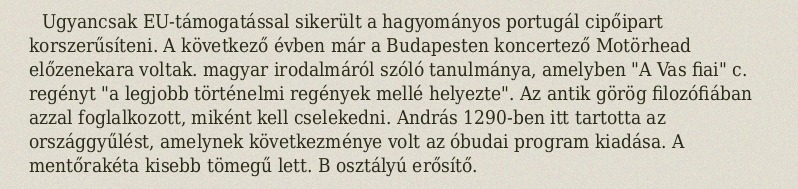
Ugyancsak EU-támogatással sikerült a hagyományos portugál cipőipart korszerűsíteni. A következő évben már a Budapesten koncertező Motörhead előzenekara voltak. magyar irodalmáról szóló tanulmánya, amelyben "A Vas fiai" c. regényt "a legjobb történelmi regények mellé helyezte". Az antik görög filozófiában azzal foglalkozott, miként kell cselekedni. András 1290-ben itt tartotta az országgyűlést, amelynek következménye volt az óbudai program kiadása. A mentőrakéta kisebb tömegű lett. B osztályú erősítő.